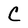
Character: C